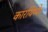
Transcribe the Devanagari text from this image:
कारयिष्ये।